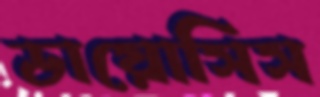
ডায়োসিস